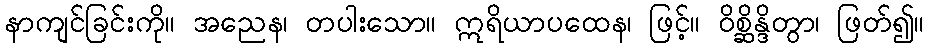
နာကျင်ခြင်းကို။ အညေန၊ တပါးသော။ ဣရိယာပထေန၊ ဖြင့်။ ဝိစ္ဆိန္ဒိတွာ၊ ဖြတ်၍။